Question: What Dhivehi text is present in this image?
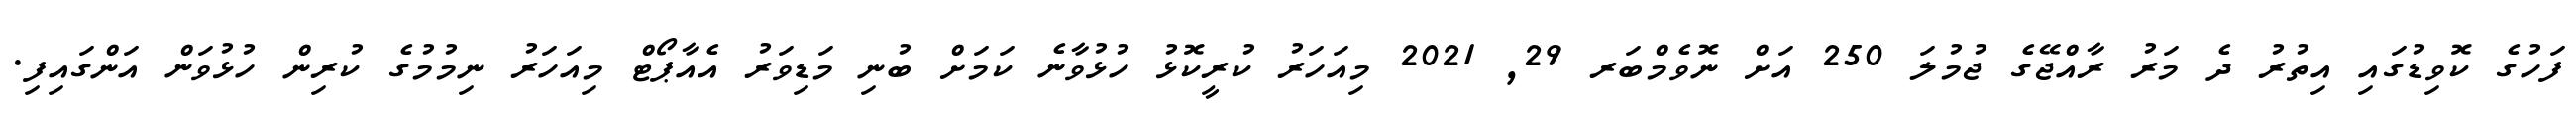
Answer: ފަހުގެ ކޮވިޑުގައި އިތުރު ދެ މަރު ރާއްޖޭގެ ޖުމުލަ 250 އަށް ނޮވެމްބަރ 29, 2021 މިއަހަރު ކުރީކޮޅު ހުޅުވާނެ ކަމަށް ބުނި މަޑިވަރު އެއާޕޯޓް މިއަހަރު ނިމުމުގެ ކުރިން ހުޅުވަން އަންގައިފި.